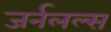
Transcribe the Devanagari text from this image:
जर्नलल्स